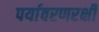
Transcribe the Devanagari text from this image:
पर्यावरणरक्षी